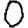
Digit: 0